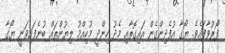
ފޯރުވާފައެވެ. ޔޯގާ އުފެދިންގެން އައިގޮތާއި މެދު ހިންދީ މުހިއްމު ލިޔުންތައް ބުނެފައިވަނީ ޔޯގާ